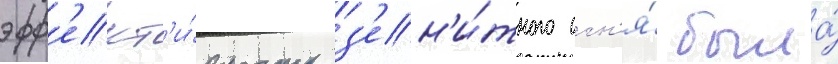
эфф'ект'и́вность з'ен'и́тного огн'я́ была́